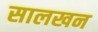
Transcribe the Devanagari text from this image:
सालखन